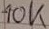
Text: 10K